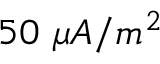
5 0 ~ \mu A / m ^ { 2 }